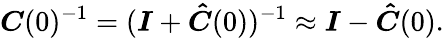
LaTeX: \boldsymbol{C}(0)^{-1}=(\boldsymbol{I}+\boldsymbol{\hat{C}}(0))^{-1}\approx\boldsymbol{I}-\boldsymbol{\hat{C}}(0).